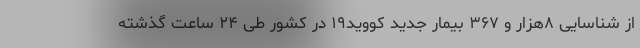
از شناسایی ۸هزار و ۳۶۷ بیمار جدید کووید۱۹ در کشور طی ۲۴ ساعت گذشته